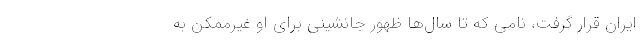
ایران قرار گرفت، نامی که تا سال‌ها ظهور جانشینی برای او غیرممکن به